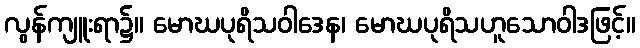
လွန်ကျူးရာ၌။ မောဃပုရိသဝါဒေန၊ မောဃပုရိသဟူသောဝါဒဖြင့်။